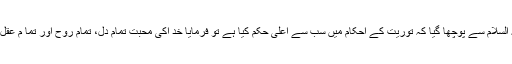
عیسی علیہ السلام سے پوچھا گیا کہ توریت کے احکام میں سب سے اعلی حکم کیا ہے تو فرمایا خد اکی محبت تمام دل، تمام روح اور تما م عقل سے کرنا۔